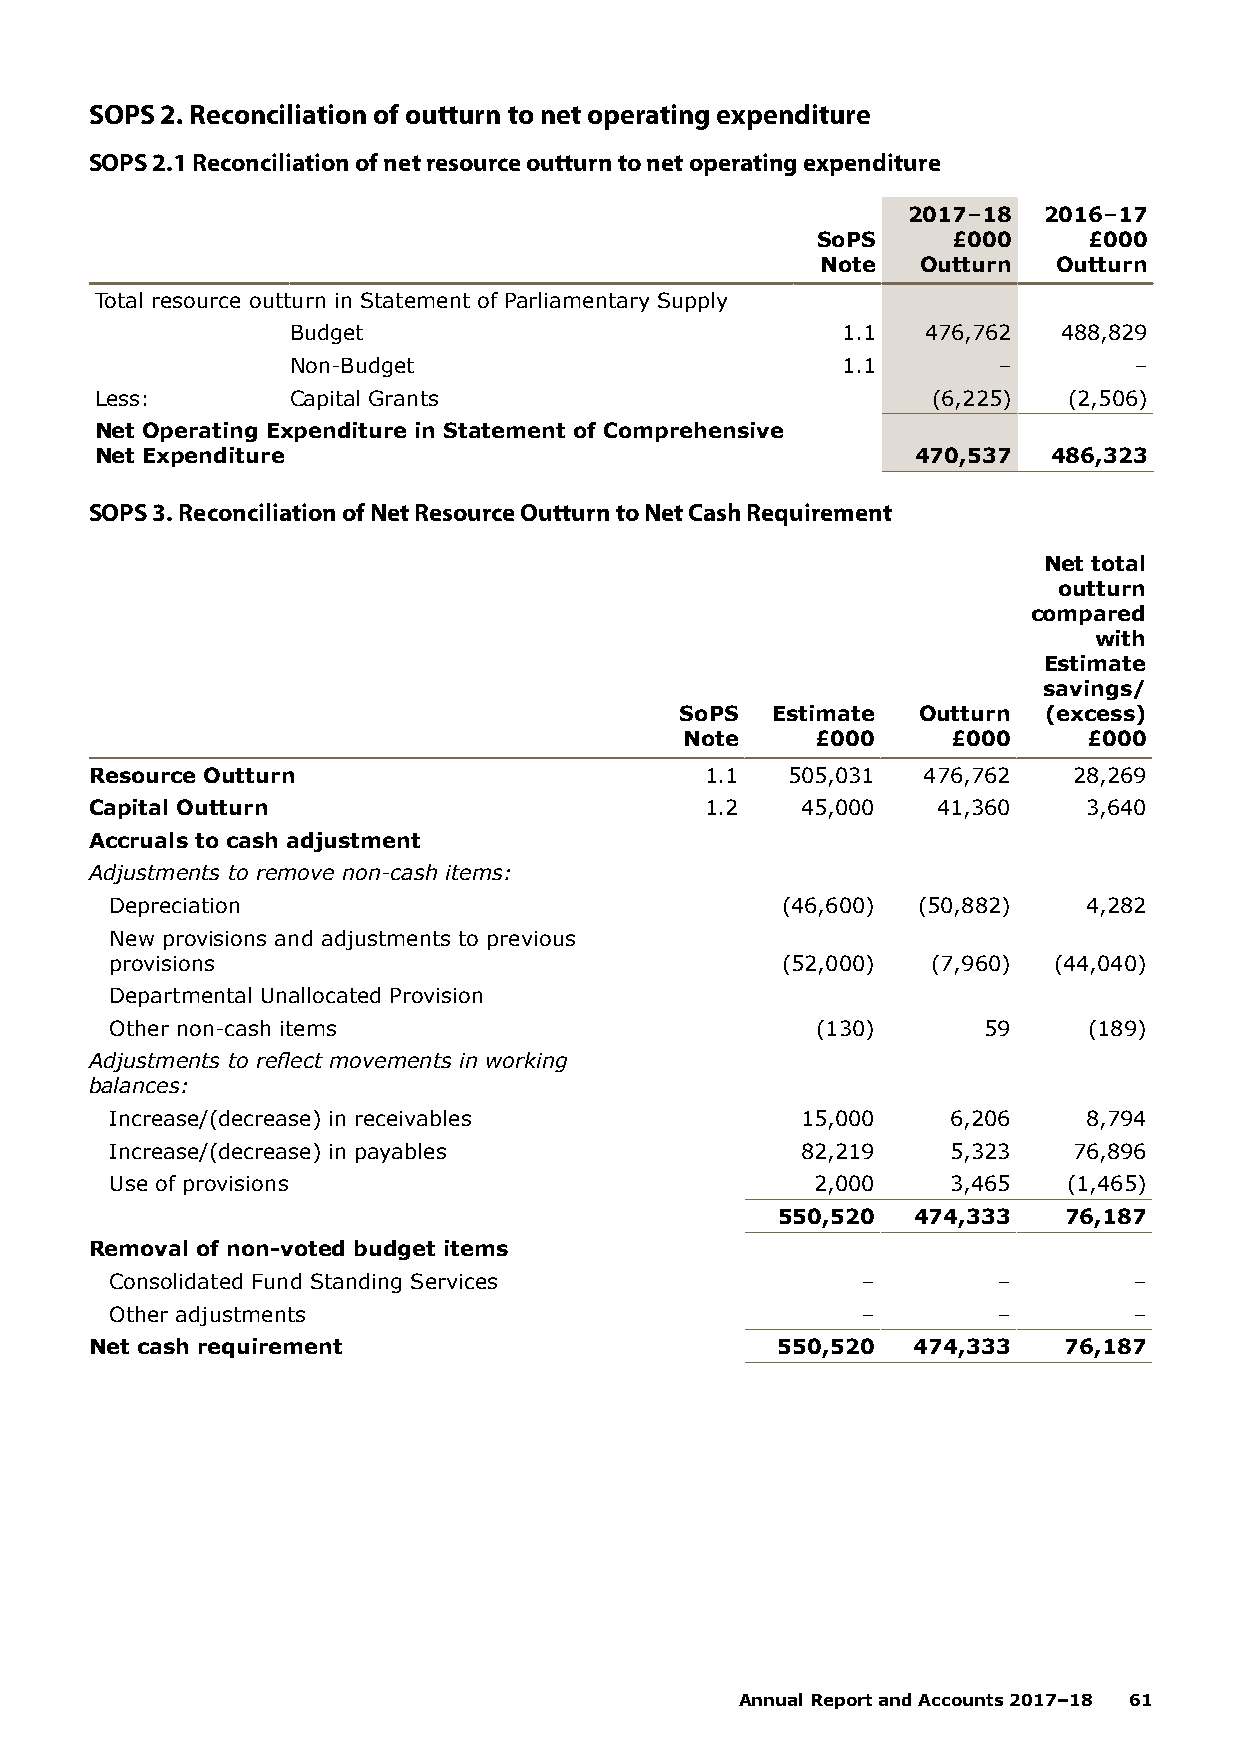
SOPS 2. Reconciliation of outturn to net operating expenditure
 SOPS 2.1 Reconciliation of net resource outturn to net operating expenditure
 2017–18  2016–17
 SoPS     £000     £000
 Note   Outturn  Outturn
 Total resource outturn in Statement of Parliamentary Supply
 Budget                               1.1  476,762  488,829
 Non-Budget                           1.1       –        –
 Less:        Capital Grants                             (6,225)  (2,506)
 Net Operating Expenditure in Statement of Comprehensive
 Net Expenditure                                        470,537  486,323
 SOPS 3. Reconciliation of Net Resource Outturn to Net Cash Requirement
 Net total
 outturn
 compared
 with
 Estimate
 savings/
 SoPS  Estimate  Outturn (excess)
 Note     £000     £000     £000
 Resource Outturn                         1.1  505,031  476,762   28,269
 Capital Outturn                          1.2   45,000   41,360    3,640
 Accruals to cash adjustment
 Adjustments to remove non-cash items:
 Depreciation                                 (46,600) (50,882)   4,282
 New provisions and adjustments to previous
 provisions                                   (52,000)  (7,960) (44,040)
 Departmental Unallocated Provision
 Other non-cash items                           (130)      59     (189)
 Adjustments to reflect movements in working
 balances:
 Increase/(decrease) in receivables            15,000    6,206    8,794
 Increase/(decrease) in payables               82,219    5,323   76,896
 Use of provisions                              2,000    3,465   (1,465)
 550,520  474,333   76,187
 Removal of non-voted budget items
 Consolidated Fund Standing Services               –        –        –
 Other adjustments                                 –        –        –
 Net cash requirement                         550,520  474,333   76,187
 Annual Report and Accounts 2017–18 61